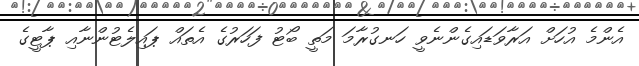
އެންމެ އުހަށް އަރާވަޑައިގެންނެވީ ހަނގުރާމަ މަތީ ބޯޓު ފަހަރުގެ އެތައް ޕައިލެޓުންނާއި ޕާޓީގެ